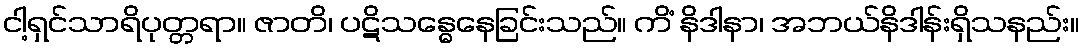
ငါ့ရှင်သာရိပုတ္တရာ။ ဇာတိ၊ ပဋိသန္ဓေနေခြင်းသည်။ ကိံ နိဒါနာ၊ အဘယ်နိဒါန်းရှိသနည်း။